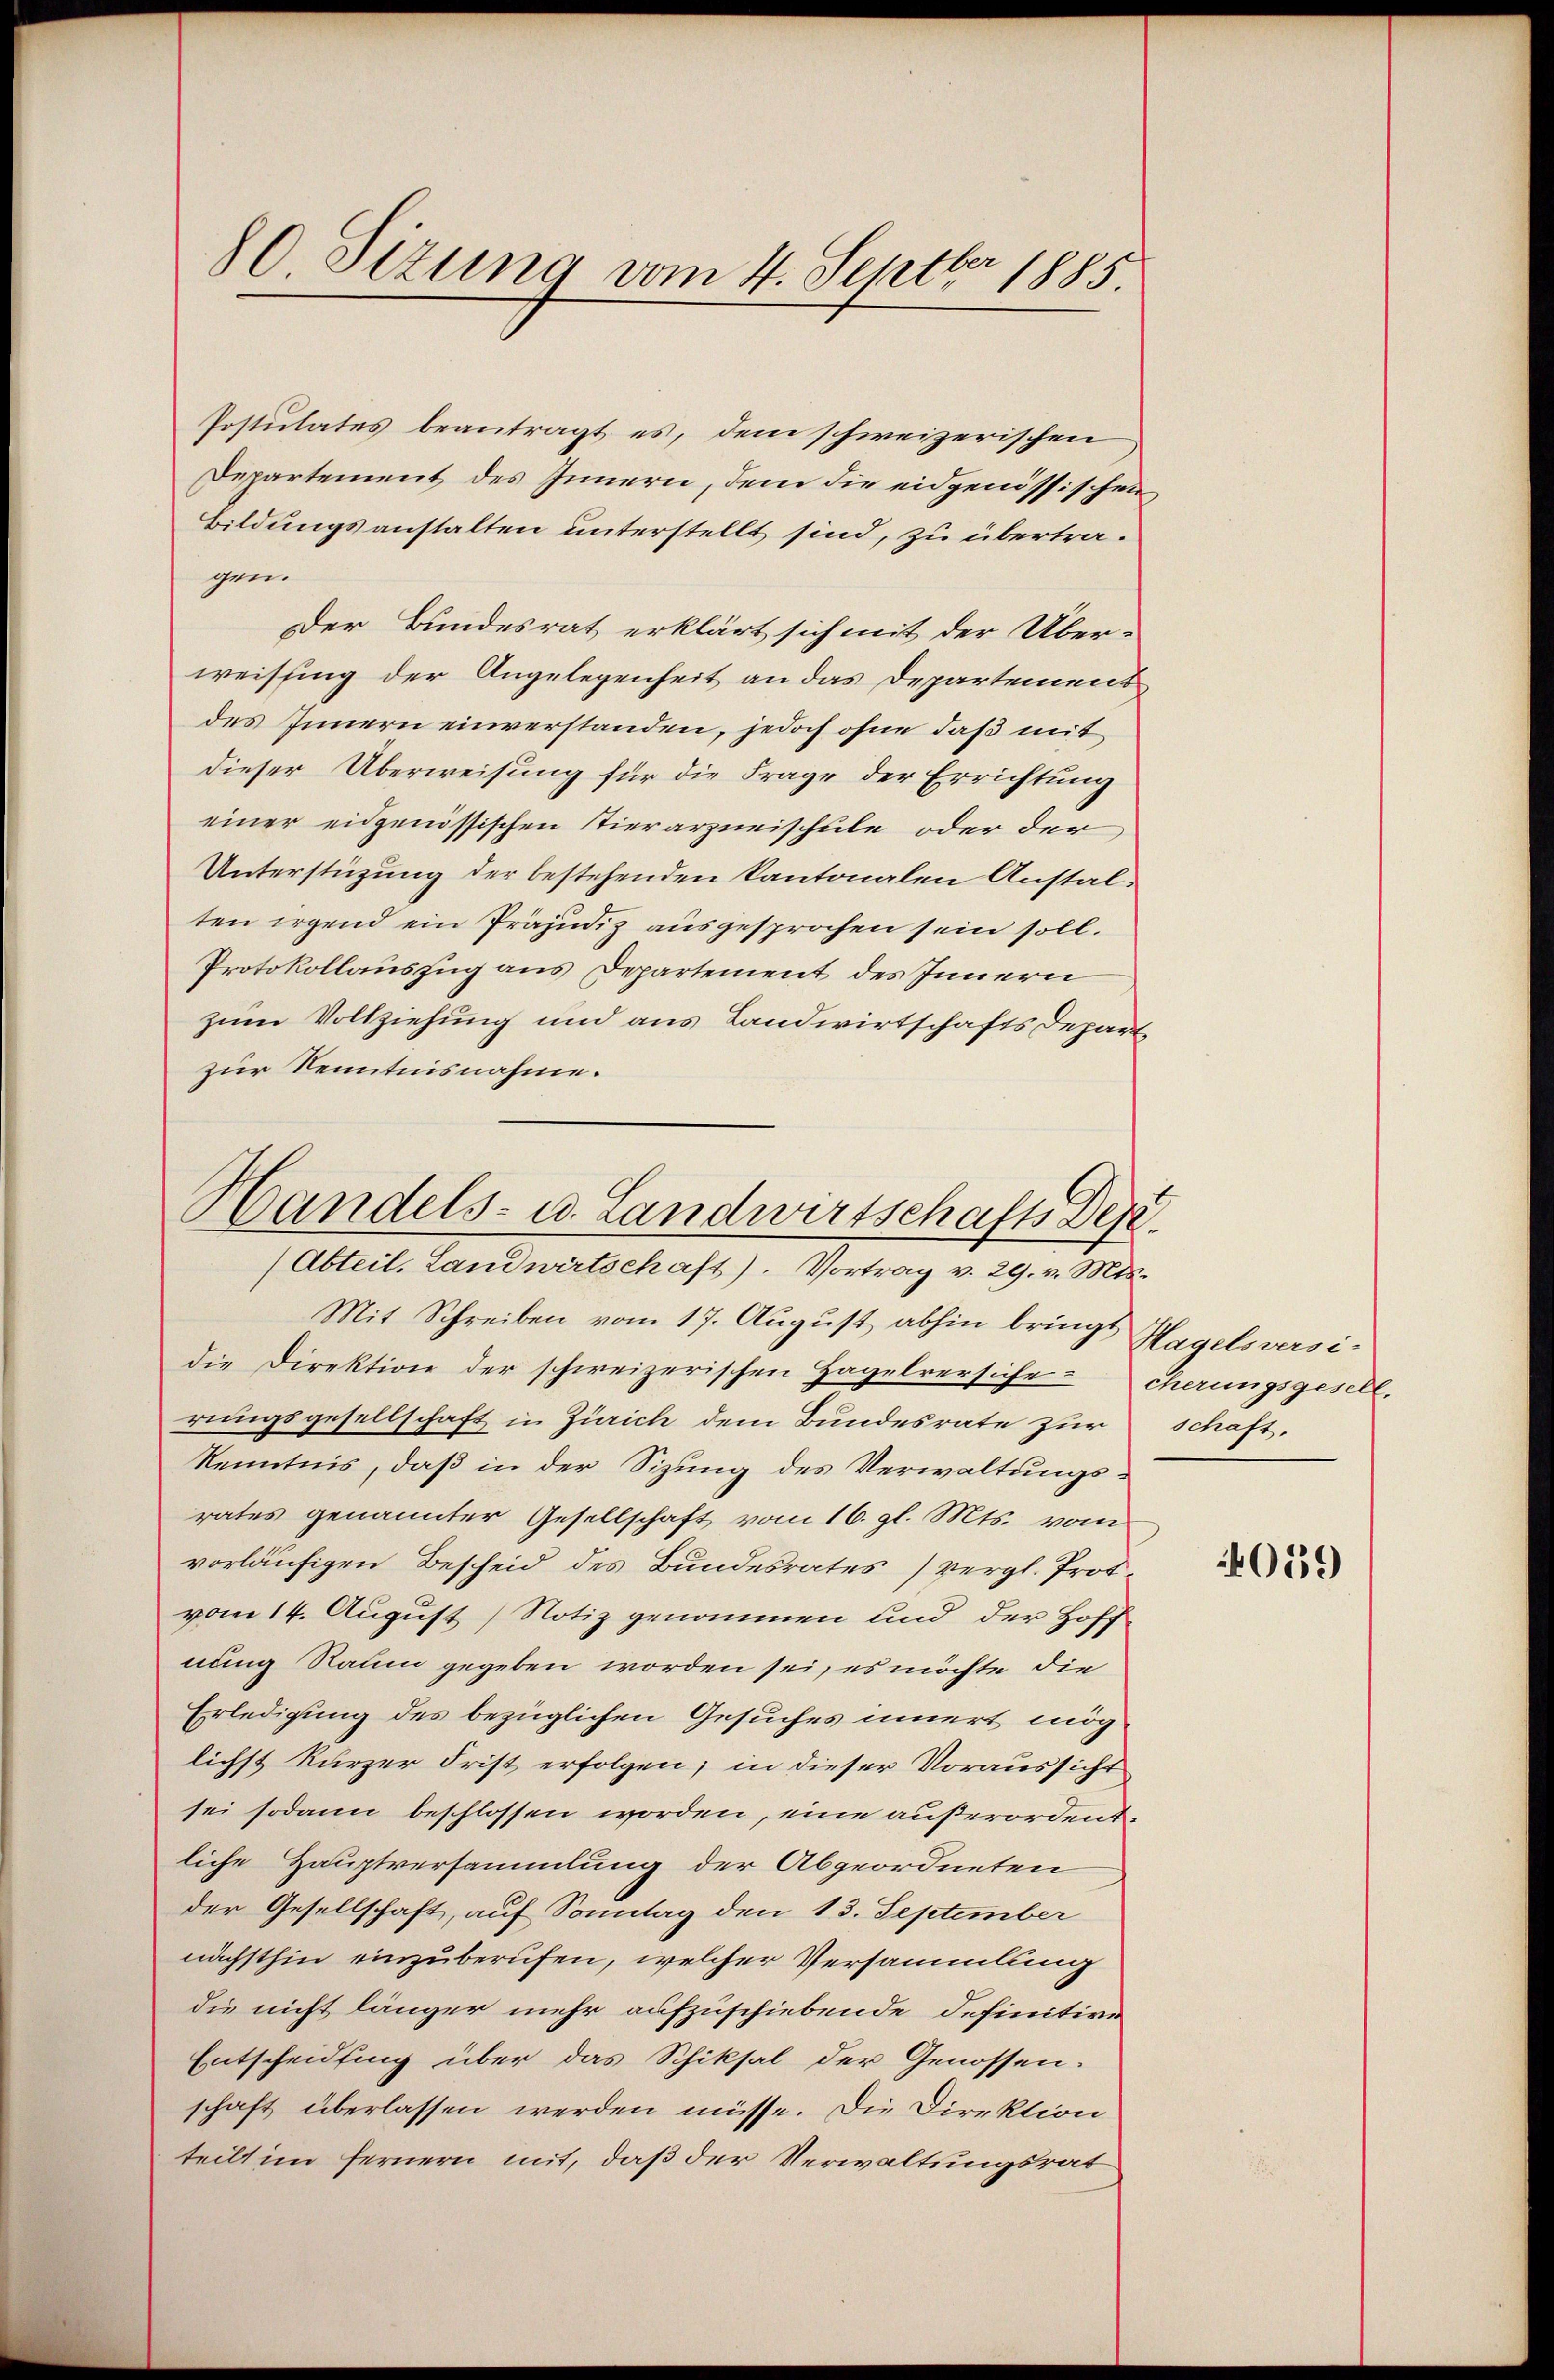
80 Sizung vom 4. Septbr 1885.

Postulates beantragt es, dem schweizerischen
Departement des Innern, dem die eidgenössischen
Bildungsanstalten unterstellt sind, zu übertragen.
Der Bundesrat erklärt sich mit der Über-
weissing der Angelegenheit an das Departement
des Innern einverstanden, jedoch ohne daß mit
dieser Überweisung für die Frage der Errichtung
einer eidgenössischen Tierarzneischule oder der
Unterstüzung der bestehenden Kantonalen Anstalten irgend ein Präjudiz ausgesprochen sein soll.
Protokollauszug aus Departement des Innern
zum Vollziehung und aus Landwirtschafts Departe
zur Kenntnisnahme.
Handels- u. Landwirtschafts Dep

(Abteil. Landwirtschaft). Vortrag v. 29. v. Mts.

Mit Schreiben vom 17. August abhin bringt Hagelsversidie Direktion der schweizerischen Hagelversiche cherungsgesell
rungsgesellschaft in Zürich dem Bundesrate zur Schaft,
Kenntnis, daß in der Sizung des Verwaltungsrates genannter Gesellschaft vom 16. gl. Mts. vom
vorläufigen Bescheid des Bundesrates) vergl. Prot-
vom 14. August) Notiz genommen und der Hoff
nung Raum gegeben worden sei, es möchte die
Erledigung des bezüglichen Gesuches innert mög
lichst kurzer Frist erfolgen; in dieser Voraussicht
sei sodann beschlossen worden, eine außerordentliche Hauptversammlung der Abgeordneten
der Gesellschaft, auf Sonntag den 13. September
nächsthin einzuberufen, welcher Versammlung
die nicht länger mehr aufzuschiebende Definitive
Entscheidung über das Schiksal der Genossen-
schaft überlassen werden müsse. Die Direktion
teilt im fernern mit, daß der Verwaltungsrat

039